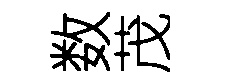
数茂